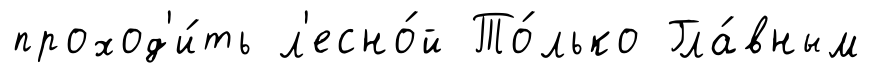
проход'и́ть л'есно́й То́лько Гла́вным